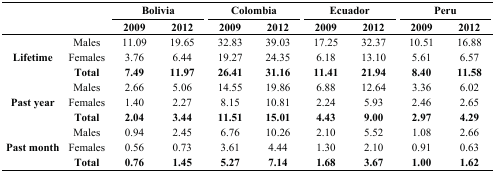
<table><thead><tr><td rowspan="2" colspan="2"></td><td colspan="2"><b>Bolivia</b></td><td colspan="2"><b>Colombia</b></td><td colspan="2"><b>Ecuador</b></td><td colspan="2"><b>Peru</b></td></tr><tr><td><b>2009</b></td><td><b>2012</b></td><td><b>2009</b></td><td><b>2012</b></td><td><b>2009</b></td><td><b>2012</b></td><td><b>2009</b></td><td><b>2012</b></td></tr></thead><tbody><tr><td rowspan="3"><b>Lifetime</b></td><td>Males</td><td>11.09</td><td>19.65</td><td>32.83</td><td>39.03</td><td>17.25</td><td>32.37</td><td>10.51</td><td>16.88</td></tr><tr><td>Females</td><td>3.76</td><td>6.44</td><td>19.27</td><td>24.35</td><td>6.18</td><td>13.10</td><td>5.61</td><td>6.57</td></tr><tr><td><b>Total</b></td><td><b>7.49</b></td><td><b>11.97</b></td><td><b>26.41</b></td><td><b>31.16</b></td><td><b>11.41</b></td><td><b>21.94</b></td><td><b>8.40</b></td><td><b>11.58</b></td></tr><tr><td rowspan="3"><b>Past year</b></td><td>Males</td><td>2.66</td><td>5.06</td><td>14.55</td><td>19.86</td><td>6.88</td><td>12.64</td><td>3.36</td><td>6.02</td></tr><tr><td>Females</td><td>1.40</td><td>2.27</td><td>8.15</td><td>10.81</td><td>2.24</td><td>5.93</td><td>2.46</td><td>2.65</td></tr><tr><td><b>Total</b></td><td><b>2.04</b></td><td><b>3.44</b></td><td><b>11.51</b></td><td><b>15.01</b></td><td><b>4.43</b></td><td><b>9.00</b></td><td><b>2.97</b></td><td><b>4.29</b></td></tr><tr><td rowspan="3"><b>Past month</b></td><td>Males</td><td>0.94</td><td>2.45</td><td>6.76</td><td>10.26</td><td>2.10</td><td>5.52</td><td>1.08</td><td>2.66</td></tr><tr><td>Females</td><td>0.56</td><td>0.73</td><td>3.61</td><td>4.44</td><td>1.30</td><td>2.10</td><td>0.91</td><td>0.63</td></tr><tr><td><b>Total</b></td><td><b>0.76</b></td><td><b>1.45</b></td><td><b>5.27</b></td><td><b>7.14</b></td><td><b>1.68</b></td><td><b>3.67</b></td><td><b>1.00</b></td><td><b>1.62</b></td></tr></tbody></table>